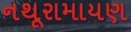
નથૂરામાયણ